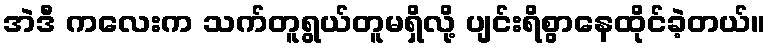
အဲဒီ ကလေးက သက်တူရွယ်တူမရှိလို့ ပျင်းရိစွာနေထိုင်ခဲ့တယ်။